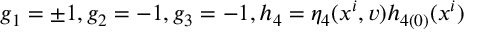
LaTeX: g _ { 1 } = \pm 1 , g _ { 2 } = - 1 , g _ { 3 } = - 1 , h _ { 4 } = \eta _ { 4 } ( x ^ { i } , v ) h _ { 4 ( 0 ) } ( x ^ { i } )